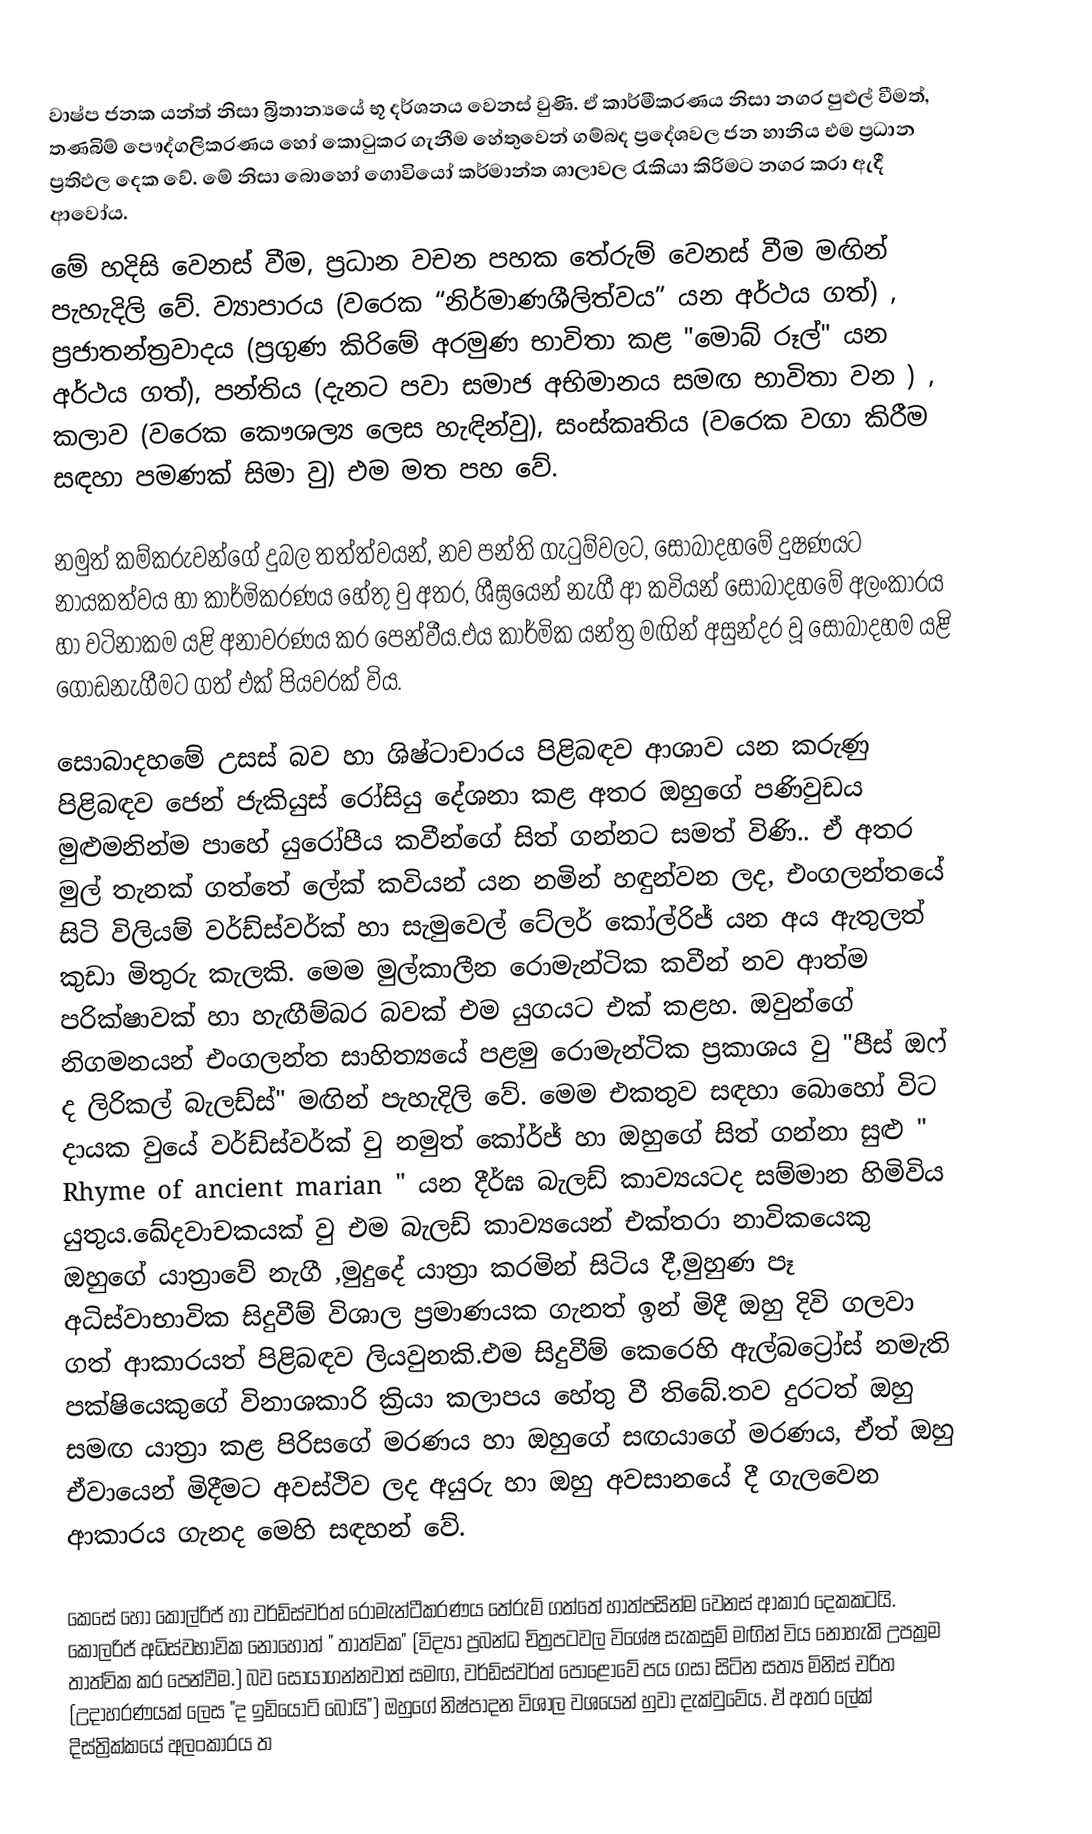
වාෂ්ප ජනක යන්ත්‍ නිසා බ්‍රිතාන්‍යයේ භූ දර්ශනය වෙනස් වුණි. ඒ  කාර්මීකරණය නිසා නගර පුළුල් වීමත්, තණබිම් පෞද්ගලිකරණය  හෝ කොටුකර ගැනීම හේතුවෙන්  ගම්බද ප්‍රදේශවල ජන හානිය එම ප්‍රධාන ප්‍රතිඵල දෙක වේ. මේ නිසා බොහෝ ගොවියෝ කර්මාන්ත ශාලාවල රැකියා කිරිමට නගර කරා ඇදී ආවෝය.
මේ හදිසි වෙනස් වීම, ප්‍රධාන වචන පහක තේරුම් වෙනස් වීම මඟින් පැහැදිලි වේ. ව්‍යාපාරය (වරෙක “නිර්මාණශීලිත්වය” යන අර්ථය ගත්) , ප්‍රජාතන්ත්‍රවාදය (ප්‍රගුණ කිරිමේ අරමුණ භාවිතා කළ "මොබ් රූල්" යන අර්ථය ගත්), පන්තිය (දැනට පවා සමාජ අභිමානය සමඟ භාවිතා වන ) , කලාව (වරෙක කෞශල්‍ය ලෙස හැඳින්වු), සංස්කෘතිය (වරෙක වගා කිරීම සඳහා පමණක් සිමා වු) එම මත පහ වේ.

නමුත් කම්කරුවන්ගේ දුබල තත්ත්වයන්, නව පන්ති ගැටුම්වලට, සොබාදහමේ දුෂණයට  නායකත්වය හා කාර්මිකරණය හේතු වු අතර, ශීඝ්‍රයෙන් නැගී ආ කවියන් සොබාදහමේ අලංකාරය හා වටිනාකම යළි අනාවරණය කර පෙන්වීය.එය කාර්මික යන්ත්‍ර මඟින් අසුන්දර වූ සොබාදහම යළි ගොඩනැගීමට ගත් එක් පියවරක් විය.

සොබාදහමේ උසස් බව හා ශිෂ්ටාචාරය පිළිබඳව ආශාව යන කරුණු පිළිබඳව ජෙන් ජැකියුස් රෝසියු දේශනා කළ අතර ඔහුගේ පණිවුඩය මුළුමනින්ම පාහේ යුරෝපීය කවීන්ගේ සිත් ගන්නට සමත් විණි.. ඒ අතර මුල් තැනක් ගත්තේ ලේක් කවියන් යන නමින් හඳුන්වන ලද, එංගලන්තයේ සිටි විලියම් වර්ඩ්ස්වර්ක් හා සැමුවෙල් ටේලර් කෝල්රිජ් යන අය ඇතුලත් කුඩා මිතුරු කැලකි. මෙම මුල්කාලීන රොමැන්ටික කවීන් නව ආත්ම පරික්ෂාවක් හා හැඟීම්බර බවක් එම යුගයට එක් කළහ. ඔවුන්ගේ නිගමනයන් එංගලන්ත සාහිත්‍යයේ පළමු රොමැන්ටික ප්‍රකාශය වු "පීස් ඔෆ් ද ලිරිකල් බැලඩ්ස්" මඟින් පැහැදිලි වේ. මෙම එකතුව සඳහා බොහෝ විට දායක වුයේ වර්ඩ්ස්වර්ක් වු නමුත් කෝර්ජ් හා ඔහු‍ගේ  සිත් ගන්නා සුළු " Rhyme of ancient marian " යන දීර්ඝ බැලඩ් කාව්‍යයටද සම්මාන හිමිවිය යුතුය.ඛේදවාචකයක් වු එම බැලඩ් කාව්‍ය‍යෙන් එක්තරා නාවිකයෙකු ඔහුගේ යාත්‍රාවේ නැගී ,මුදුදේ යාත්‍රා කරමින් සිටිය දී,මුහුණ පෑ  අධිස්වාභාවික සිදුවීම් විශාල ප්‍රමාණයක ගැනත් ඉන් මිදී ඔහු දිවි ගලවා ගත් ආකාරයත් පිළිබඳව ලියවුනකි.එම සිදුවීම් කෙරෙහි ඇල්බ‍ට්‍රෝස් නමැති පක්ෂියෙකුගේ විනාශකාරි ක්‍රියා කලාපය හේතු  වී තිබේ.තව දුරටත් ඔහු සමඟ යාත්‍රා කළ පිරිසගේ මරණය හා ඔහුගේ සඟයාගේ මරණය, ඒත් ඔහු  ඒවායෙන් මිදීමට අවස්ථිව ලද අයුරු හා ඔහු අවසානයේ දී ගැලවෙන ආකාරය ගැනද මෙහි සඳහන් වේ.

කෙසේ හෝ කෝල්රිජ් හා වර්ඩ්ස්වර්ත් රොමැන්ටීකරණය තේරුම් ගත්තේ  හාත්පසින්ම වෙනස් ආකාර දෙකකටයි. කෝලරිජ් අධිස්වභාවික නොහොත් " තාත්වික" (විද්‍යා ප්‍රබන්ධ චිත්‍රපටවල විශේෂ සැකසුම් මඟින් විය නොහැකි උපක්‍රම තාත්වික කර පෙන්වීම.) බව සොයාගන්නවාත් සමඟ, වර්ඩ්ස්වර්ත් පොළොවේ පය ගසා සිටින සත්‍ය මිනිස් චරිත (උදාහරණයක් ලෙස "ද ඉඩියොට් බෝයි") ඔහුගේ නිෂ්පාදන විශාල වශයෙන් හුවා දැක්වු‍වේය.  ඒ අතර ලේක් දිස්ත්‍රික්කයේ අලංකාරය ත